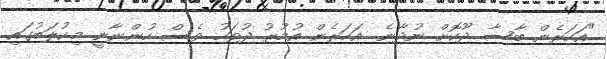
"އަހަރެން ބާސާ ދޫކޮށް ނުދާނެ. އަހަރެން އުމުރު ދުވަހު ވެސް ހުންނާނީ މިކުލަބުގައި.